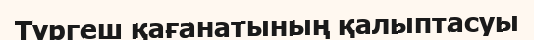
Түргеш қағанатының қалыптасуы